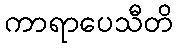
ကာရာပေသီတိ